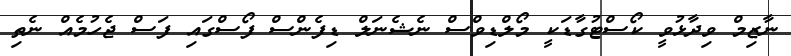
ނާޒިމް ވިދާޅުވީ ކޯސްޓުގާޑަކީ މޯލްޑިވްސް ނެޝެނަލް ޑިފެންސް ފޯސްގައި ފަސް ޖެހުމެއް ނެތި